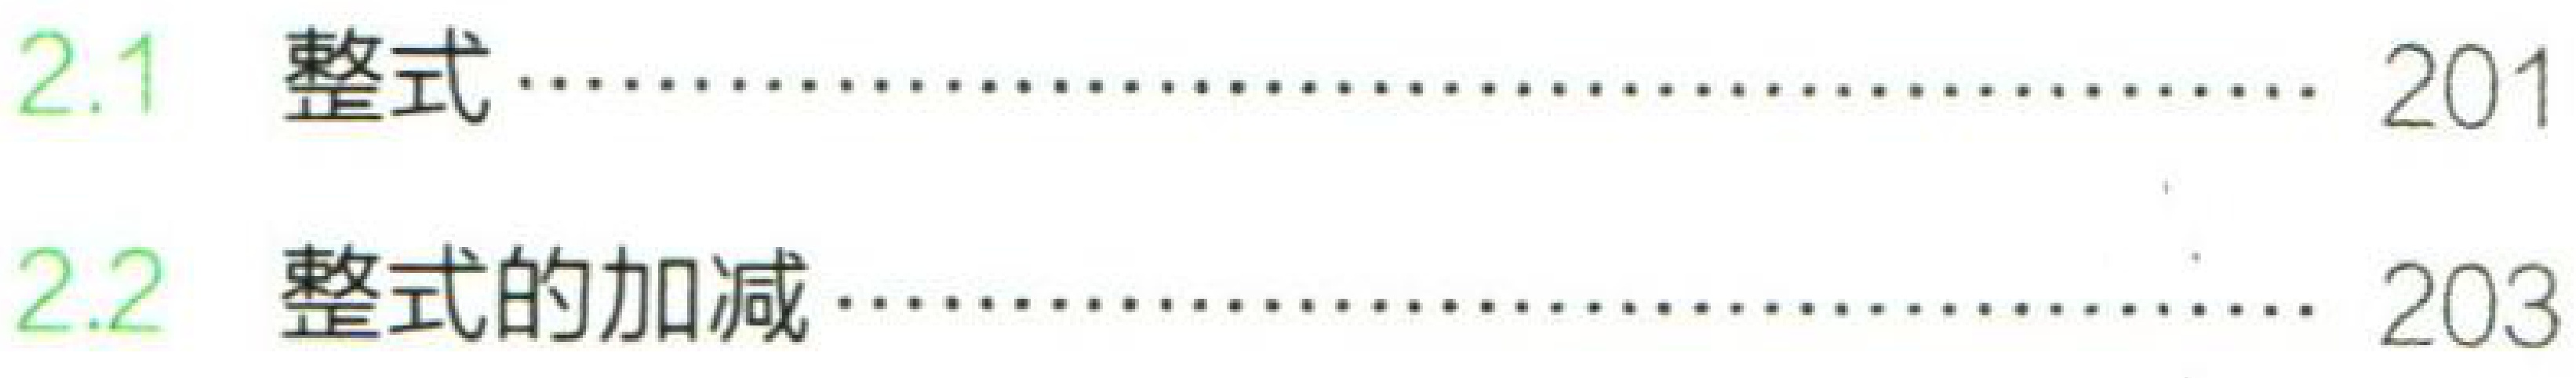
2.1 整式…… 201

2.2 整式的加减…… 203